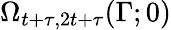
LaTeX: \Omega_{t+\tau,2t+\tau}(\Gamma;0)